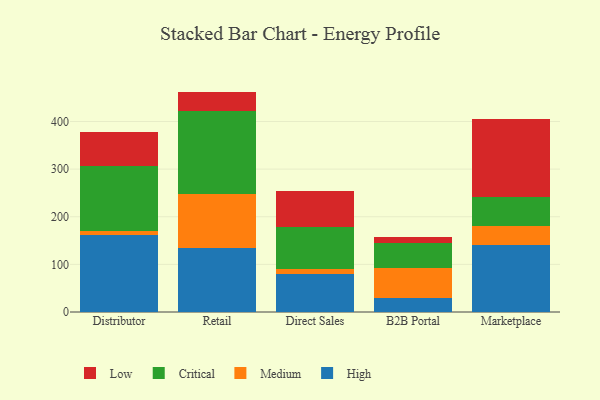
{"axis": {"x": "Channel", "y": "Satisfaction Score"}, "legend": ["Critical", "High", "Low", "Medium"], "data": [{"x": "Distributor", "y": 162.7, "type": "High"}, {"x": "Distributor", "y": 6.5, "type": "Medium"}, {"x": "Distributor", "y": 137.8, "type": "Critical"}, {"x": "Distributor", "y": 71.9, "type": "Low"}, {"x": "Retail", "y": 135.0, "type": "High"}, {"x": "Retail", "y": 112.0, "type": "Medium"}, {"x": "Retail", "y": 175.8, "type": "Critical"}, {"x": "Retail", "y": 40.0, "type": "Low"}, {"x": "Direct Sales", "y": 80.0, "type": "High"}, {"x": "Direct Sales", "y": 9.5, "type": "Medium"}, {"x": "Direct Sales", "y": 88.7, "type": "Critical"}, {"x": "Direct Sales", "y": 75.3, "type": "Low"}, {"x": "B2B Portal", "y": 28.6, "type": "High"}, {"x": "B2B Portal", "y": 63.2, "type": "Medium"}, {"x": "B2B Portal", "y": 52.1, "type": "Critical"}, {"x": "B2B Portal", "y": 14.6, "type": "Low"}, {"x": "Marketplace", "y": 140.0, "type": "High"}, {"x": "Marketplace", "y": 40.5, "type": "Medium"}, {"x": "Marketplace", "y": 60.2, "type": "Critical"}, {"x": "Marketplace", "y": 165.5, "type": "Low"}]}